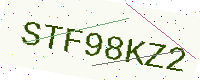
Text: STF98KZ2